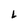
Character: L